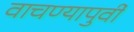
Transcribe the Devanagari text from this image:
वाचण्यापुर्वी